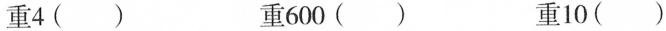
重4() 重600() 重10()